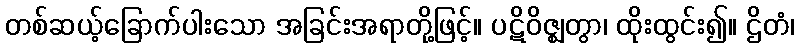
တစ်ဆယ့်ခြောက်ပါးသော အခြင်းအရာတို့ဖြင့်။ ပဋိဝိဇ္ဈတွာ၊ ထိုးထွင်း၍။ ဌိတံ၊